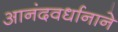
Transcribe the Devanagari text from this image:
आनंदवर्धानाने